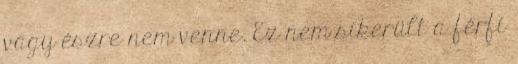
vagy észre nem venne. Ez nem sikerült a férfi